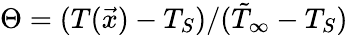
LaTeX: \Theta=(T(\vec{x})-T_{S})/(\tilde{T}_{\infty}-T_{S})